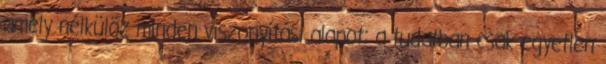
amely nélkülöz minden viszonyítási alapot; a tudatban csak egyetlen